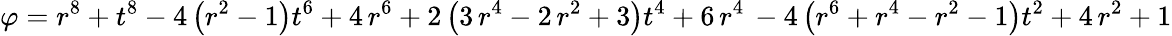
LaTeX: \varphi=r^{8}+t^{8}-4\, {\left(r^{2}-1\right)}t^{6}+4\, r^{6}+2\, {\left(3\, r^{4}-2\, r^{2}+3\right)}t^{4}+6\, r^{4}\, -4\, {\left(r^{6}+r^{4}-r^{2}-1\right)}t^{2}+4\, r^{2}+1